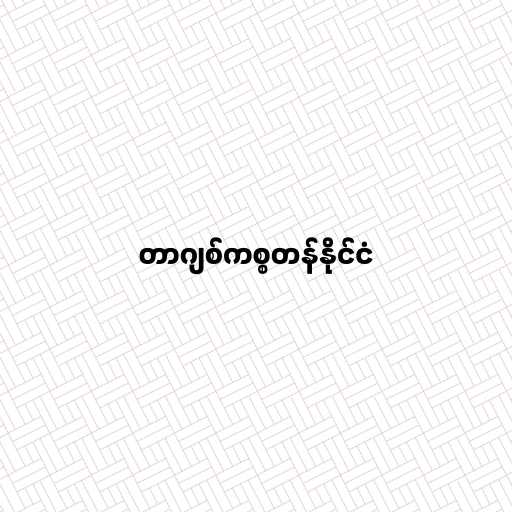
တာဂျစ်ကစ္စတန်နိုင်ငံ